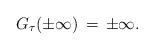
LaTeX: \begin{align*}G_{\tau}(\pm \infty)\,=\,\pm \infty.\end{align*}